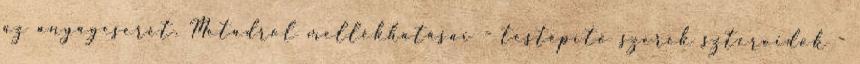
az anyagcserét. Metadrol mellékhatásai - testépítő szerek szteroidok -